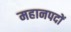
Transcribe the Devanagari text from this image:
महानपदों